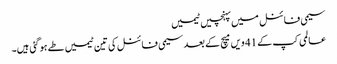
سیمی فائنل میں پہنچیں ٹیمیں
عالمی کپ کے 41 ویں میچ کے بعد سیمی فائنل کی تین ٹیمیں طے ہوگئی ہیں۔